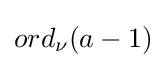
ord_{\nu }(a-1)